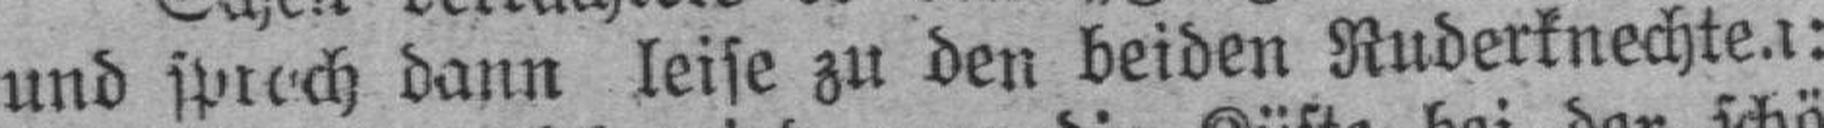
und sprach dann leise zu den beiden Ruderknechten: